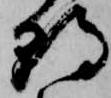
朝